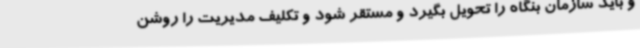
و باید سازمان بنگاه را تحویل بگیرد و مستقر شود و تکلیف مدیریت را روشن